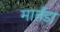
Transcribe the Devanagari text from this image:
मार्तंडा